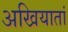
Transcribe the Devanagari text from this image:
अखियातां